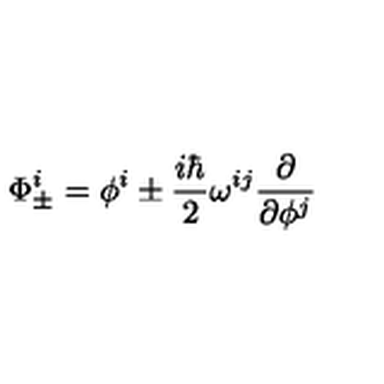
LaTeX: \Phi _ { \pm } ^ { i } = \phi ^ { i } \pm \frac { i \hbar } { 2 } \omega ^ { i j } \frac { \partial } { \partial \phi ^ { j } }